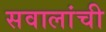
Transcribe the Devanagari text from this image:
सवालांची